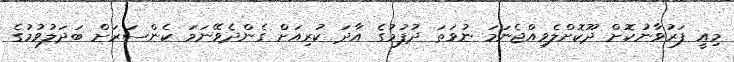
މިއީ ފަރުވާނުކޮށް ދޫކޮށްލެވިއްޖެނަމަ ނުވަތަ ދުފުމުގެ އާދަ ކުރިއަށް ގެންދެވޭނަމަ ކެންސަރަށް ބަދަލުވުމުގެ